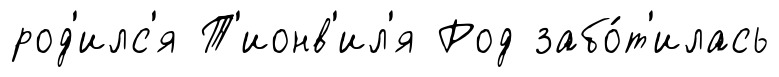
род'илс'я Т'ионв'ил'я Род забо́т'илась